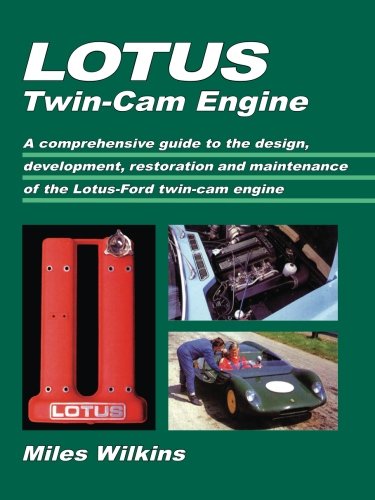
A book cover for Lotus Twin-Cam Engine: A comprehensive guide to the design, development, restoration and maintenance of the Lotus-Ford t; Miles Wilkins; Engineering & Transportation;